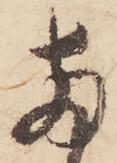
両